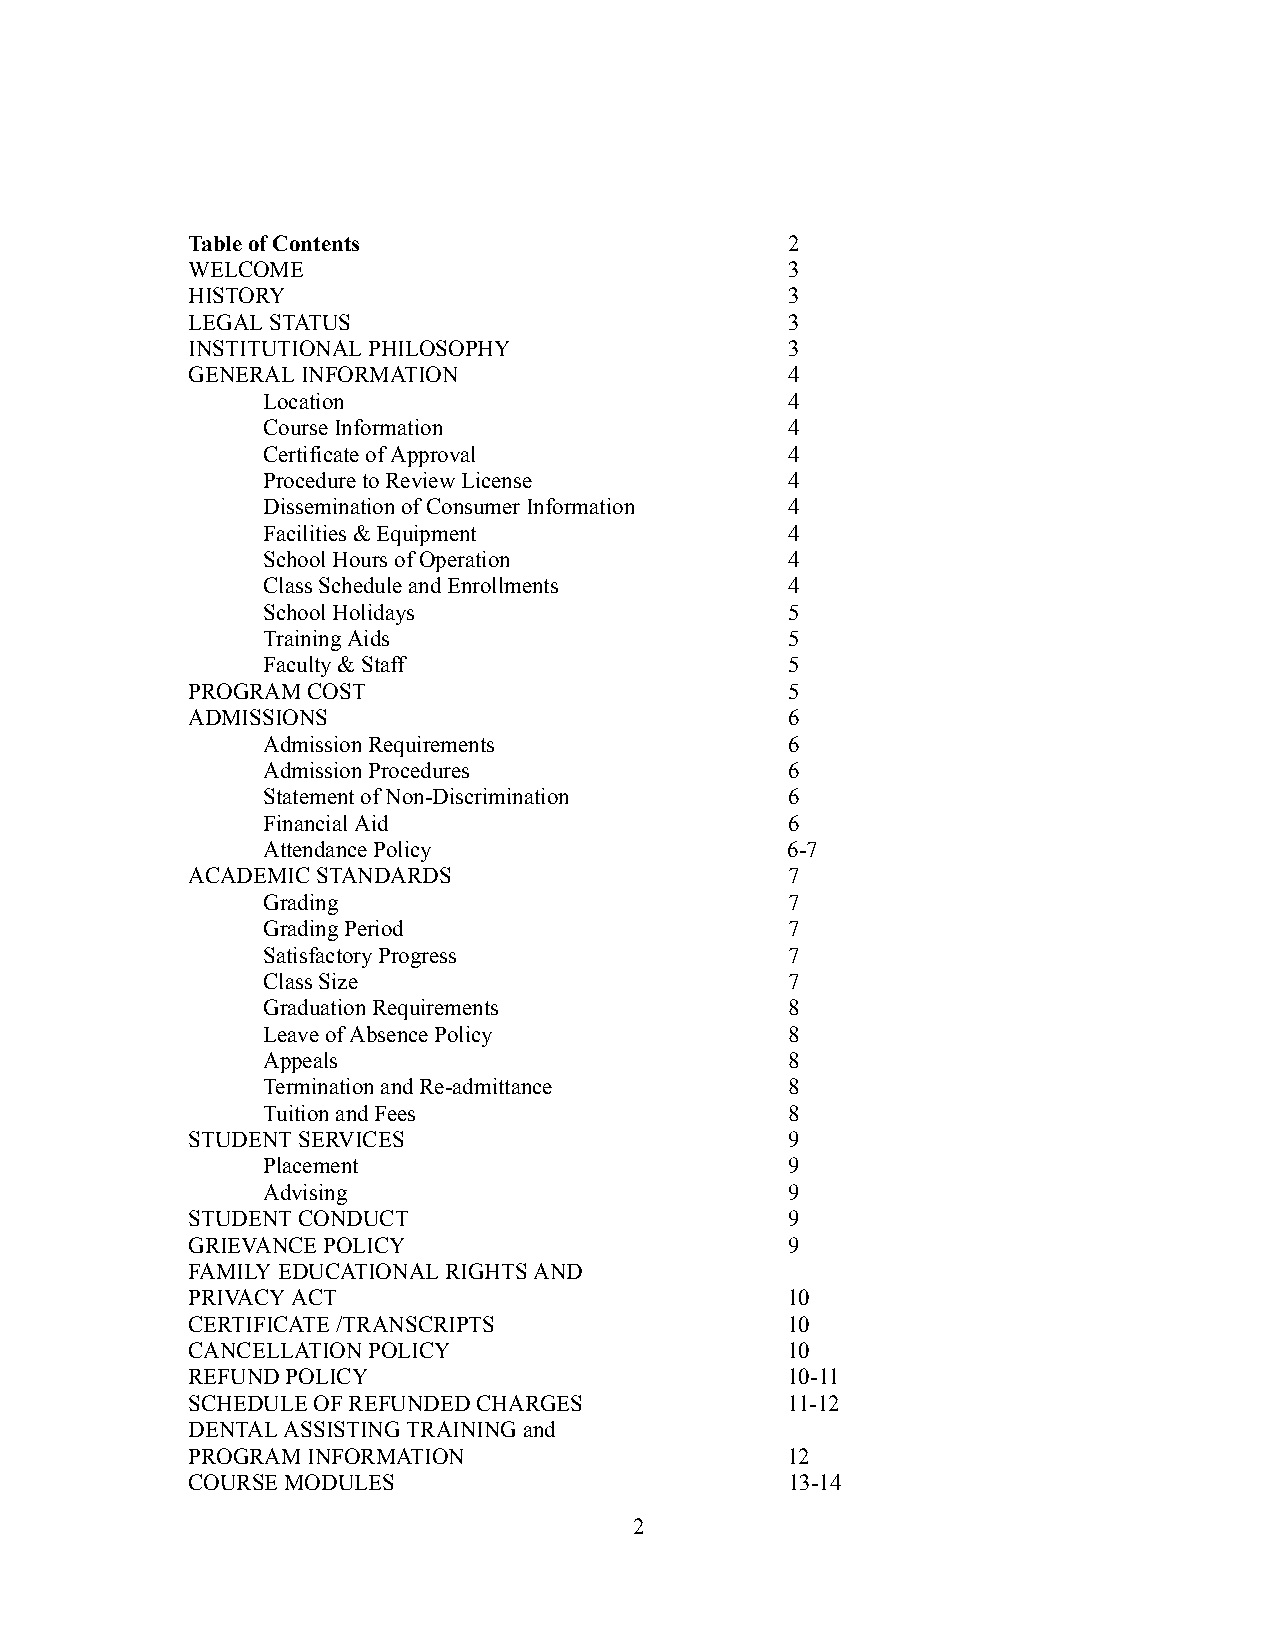
TableofContents                         2
 WELCOME                                 3
 HISTORY                                 3
 LEGALSTATUS                             3
 INSTITUTIONALPHILOSOPHY                 3
 GENERALINFORMATION                      4
 Location                           4
 CourseInformation                  4
 CertificateofApproval              4
 ProceduretoReviewLicense           4
 DisseminationofConsumerInformation 4
 Facilities&Equipment               4
 SchoolHoursofOperation             4
 ClassScheduleandEnrollments        4
 SchoolHolidays                     5
 TrainingAids                       5
 Faculty&Staff                      5
 PROGRAMCOST                             5
 ADMISSIONS                              6
 AdmissionRequirements              6
 AdmissionProcedures                6
 StatementofNon-Discrimination      6
 FinancialAid                       6
 AttendancePolicy                   6-7
 ACADEMICSTANDARDS                       7
 Grading                            7
 GradingPeriod                      7
 SatisfactoryProgress               7
 ClassSize                          7
 GraduationRequirements             8
 LeaveofAbsencePolicy               8
 Appeals                            8
 TerminationandRe-admittance        8
 TuitionandFees                     8
 STUDENTSERVICES                         9
 Placement                          9
 Advising                           9
 STUDENTCONDUCT                          9
 GRIEVANCEPOLICY                         9
 FAMILYEDUCATIONALRIGHTSAND
 PRIVACYACT                              10
 CERTIFICATE/TRANSCRIPTS                 10
 CANCELLATIONPOLICY                      10
 REFUNDPOLICY                            10-11
 SCHEDULEOFREFUNDEDCHARGES               11-12
 DENTALASSISTINGTRAININGand
 PROGRAMINFORMATION                      12
 COURSEMODULES                           13-14
 2